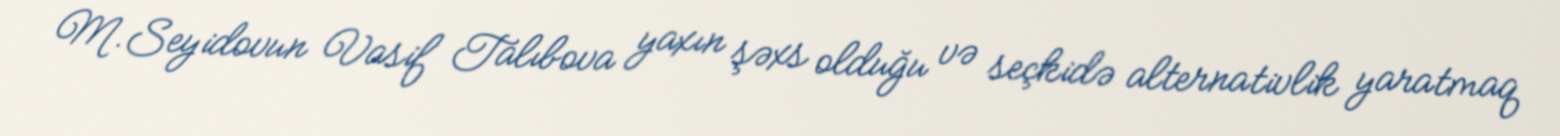
M.Seyidovun Vasif Talıbova yaxın şəxs olduğu və seçkidə alternativlik yaratmaq